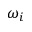
\omega _ { i }